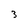
Character: 3